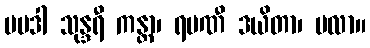
ပမဒါ သုန္ဒရီ ကန္တာ၊ ရမဏီ ဒယိတာ၊ ဗလာ။